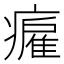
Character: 𤺮